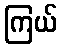
ကြယ်